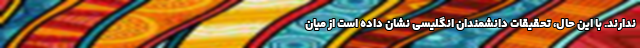
ندارند. با این حال، تحقیقات دانشمندان انگلیسی نشان داده است از میان